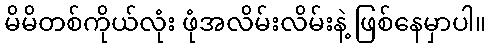
မိမိတစ်ကိုယ်လုံး ဖုံအလိမ်းလိမ်းနဲ့ ဖြစ်နေမှာပါ။